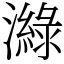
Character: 𤀼